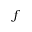
f